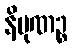
နိပုဏဉ္စ